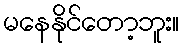
မနေနိုင်တော့ဘူး။